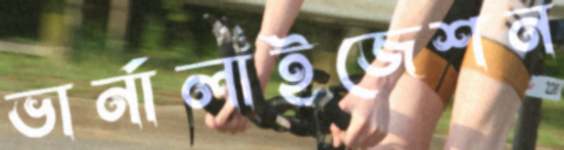
ভার্নালাইজেশন